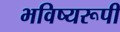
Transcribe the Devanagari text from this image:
भविष्यरूपी